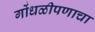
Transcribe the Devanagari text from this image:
गोंधळीपणाचा